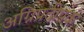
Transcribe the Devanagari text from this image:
अग्निप्रदीपक